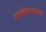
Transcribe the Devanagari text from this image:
रामदेवरायाला